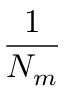
\frac { 1 } { N _ { m } }